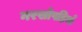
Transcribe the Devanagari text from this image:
नरखोपड़ियाँ